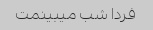
فردا شب میبینمت